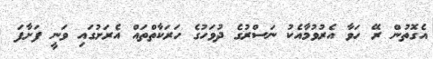
އެގޮތުން ރޭ ހަވާ އެރުވުމާއެކު ނަސްރުގެ ދުވަހުގެ ހަރަކާތްތައް އެރަށުގައި ވަނީ ފަށާފަ